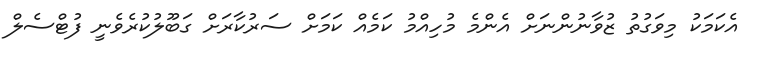
އެކަމަކު މިވަގުތު ޒުވާނުންނަށް އެންމެ މުހިއްމު ކަމެއް ކަމަށް ސަރުކާރަށް ގަބޫލުކުރެވެނީ ފުޓްސެލް